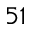
5 1